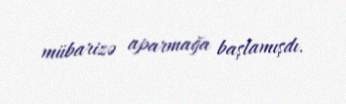
mübarizə aparmağa başlamışdı.